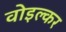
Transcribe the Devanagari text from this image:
वोइल्कर